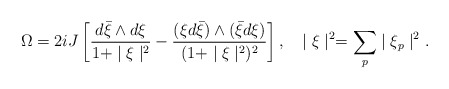
\begin{align*}\Omega=2iJ\left[\frac{d{\bar\xi}\wedge d\xi}{1+\mid\xi\mid^2}-\frac{( \xi d{\bar\xi})\wedge({\bar\xi}d\xi)}{(1+\mid\xi\mid^2)^2}\right],\ \ \ \mid\xi\mid^2=\sum_p\mid\xi_p\mid^2.\end{align*}